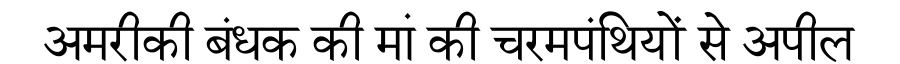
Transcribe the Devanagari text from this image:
अमरीकी बंधक की मां की चरमपंथियों से अपील